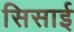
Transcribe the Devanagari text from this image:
सिसाई